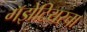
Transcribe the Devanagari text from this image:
गॅझेटियरचा